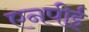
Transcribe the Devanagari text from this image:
एनपीई